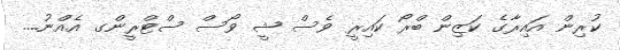
ކުރިން އައިރާގެ ކަޒިން ބްރޯ ކައިރީ ވެސް ޝީ ވޯސް ސްޓްރީންގ އެއްނު....